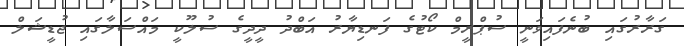
ގަރާރުގައި ބުނެފައިވަނީ ސުޕްރީމް ކޯޓުގެ ފަނޑިޔާރު އަބްދު ދީދީގެ ސުލޫކީ މައްސަލާގައި ޖުޑީޝަލް